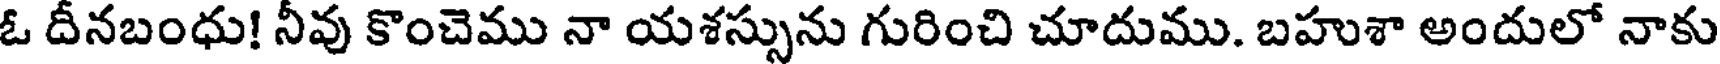
ఓ దీనబంధు! నీవు కొంచెము నా యశస్సును గురించి చూదుము. బహుశా అందులో నాకు